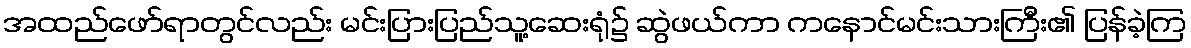
အထည်ဖော်ရာတွင်လည်း မင်းပြားပြည်သူ့ဆေးရုံ၌ ဆွဲဖယ်ကာ ကနောင်မင်းသားကြီး၏ ပြန်ခဲ့ကြ